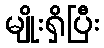
မျိုးရှိပြီး